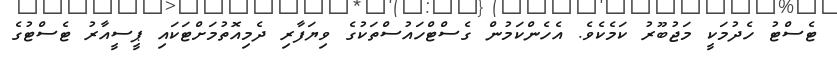
ޓެސްޓު ހެދުމަކީ މަޖުބޫރު ކަމެކެވެ. އެހެންކަމުން ގެސްޓްހައުސްތަކުގެ ވިޔަފާރި ދެމިއޮތުމަށްޓަކައި ޕީސީއާރު ޓެސްޓުގެ